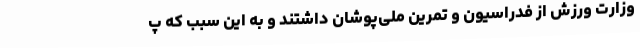
وزارت ورزش از فدراسیون و تمرین ملی‌پوشان داشتند و به این سبب که پ